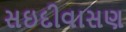
સઇદીવાસણ